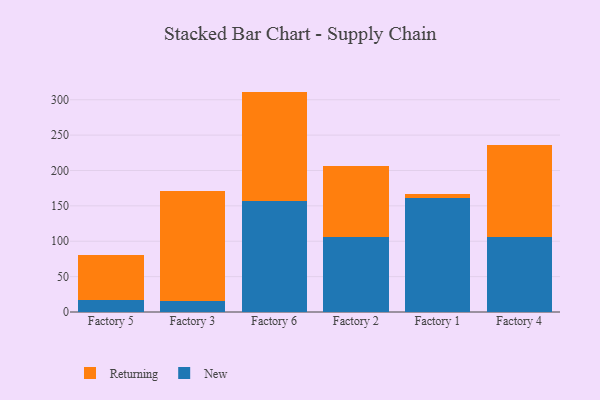
{"axis": {"x": "Factory", "y": "Inventory Turnover"}, "legend": ["New", "Returning"], "data": [{"x": "Factory 5", "y": 16.6, "type": "New"}, {"x": "Factory 5", "y": 64.6, "type": "Returning"}, {"x": "Factory 3", "y": 14.9, "type": "New"}, {"x": "Factory 3", "y": 155.9, "type": "Returning"}, {"x": "Factory 6", "y": 156.2, "type": "New"}, {"x": "Factory 6", "y": 155.3, "type": "Returning"}, {"x": "Factory 2", "y": 105.5, "type": "New"}, {"x": "Factory 2", "y": 100.3, "type": "Returning"}, {"x": "Factory 1", "y": 161.0, "type": "New"}, {"x": "Factory 1", "y": 5.4, "type": "Returning"}, {"x": "Factory 4", "y": 106.4, "type": "New"}, {"x": "Factory 4", "y": 130.0, "type": "Returning"}]}